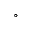
^ \circ